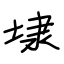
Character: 埭